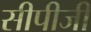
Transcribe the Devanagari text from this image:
सीपीजी